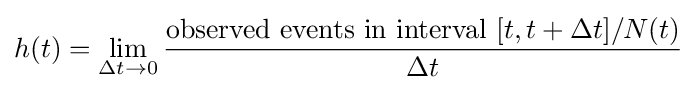
h(t)=\lim _{\Delta t\to 0}{\frac {{\text{observed events in interval}}\ [t,t+\Delta t]/N(t)}{\Delta t}}